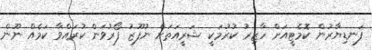
ފަނޑިޔާރުން ކޮމެޓީއަށް ހާޒިރު ކުރުމަކީ ޝަރީއަތަށް ނުފޫޒު ފޯރުވަން ކުރައްވާ ކަމެއް ނޫން